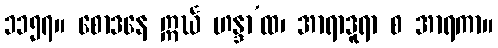
၁၁၅၇။ စောဒနေ ဣင်္ဃ ဟန္ဒာ’ထ၊ အာရာဒူရာ စ အာရကာ။